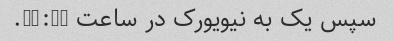
سپس یک به نیویورک در ساعت 10:30.